Report of the Municipal Commissioner on the plague in Bombay for the year ending 31st May... - Volume 2
Disease focus: Plague
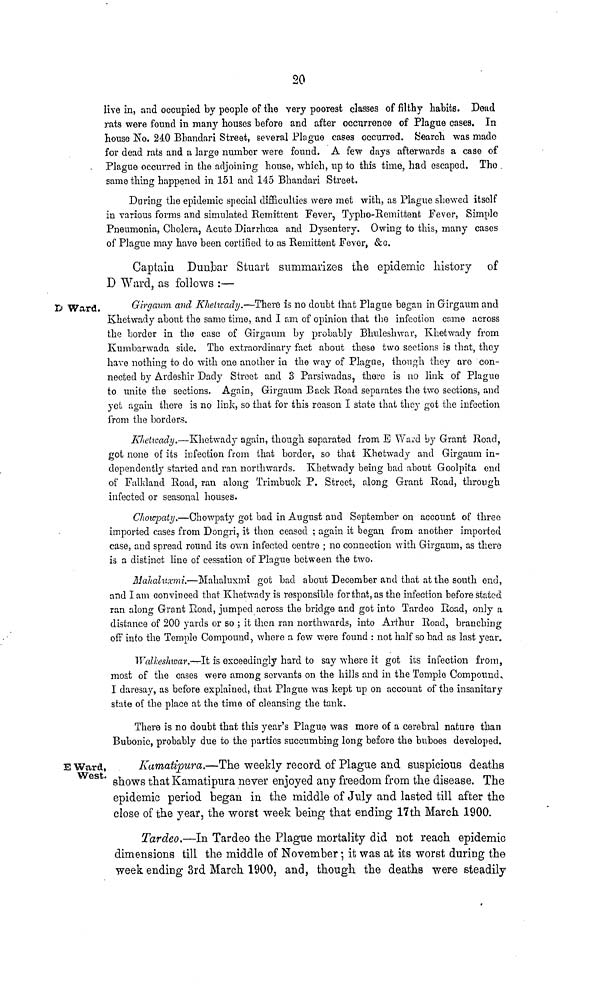
20
live in, and occupied by people of the very poorest classes of filthy habits. Dead
rats were found in many houses before and after occurrence of Plague cases. In
house No. 240 Bbandari Street, several Plague cases occurred. (Search was made
for dead rats and a large number were found. A few days afterwards a case of
Plague occurred in the adjoining house, which, up to this time, had escaped. Tho
same thing happened in 151 and 145 Bhandari Street.
During the epidemic special difficulties were met with, as Plague shewed itself
in various forms and simulated Remittent Fever, Typbo-Remittent Fever, Simple
Pneumonia, Cholera, A.cute Diarrhoea and Dysentery. Owing to this, many cases
of Plague may have been certified to as Remittent Fever, &c.
Captain Dunbar Stuart summarizes the epidemic history of
D Ward, as follows :—
B Ward.
Girgaum and Kheticady.—There is no doubt that Plague began in Gfirgaum and
Khetwady about the same time, and I am of opinion that the infection come across
the border in the case of Girgaum by probably Bhuleshwar, Khetwady from
Kumbarwada side. The extraordinary fact about these two sections is that, they
have nothing to do with one another ia the way of Plague, though they are con-
nected by Ardeshir Dady Street and 3 Parsiwadas, there is no link of Plague
to unite the sections. Again, Girgaum Back Road separates the two sections, and
yet again there is no link, so that for this reason I state that they got the infection
from the borders.
Klietwady.—Khetwady again, though separated from. E Ward by Grant Road,
got none of its infection from that border, so that Khetwady and Girgaum in-
dependently started and ran northwards. Kbetwady being bad about Goolpita end
of Falkland Road, ran along Trimbuck P. Street, along Grant Road, through
infected or seasonal houses.
Chowpaty.—Chowpaty got bad in August and September on account of three
imported cases from Dongri, it then ceased ; again it began from another imported
case, and spread round its own infected centre ; no connection with Girgaum, as there
is a distinct line of cessation of Plague between the two.
Mahahixmi.—Mahaluxmi got bad about December and that at the south end,
and I am convinced that Khetwady is responsible for that, as the infection before stated
ran along Grant Road, jumped across the bridge and got into Tardeo Road, only a
distance of 200 yards or so ; it then ran northwards, into Arthur Road, branching
off into the Temple Compound, where a few were found : not half so bad as last year.
WalkesJnvar.—It is exceedingly hard to say where it got its infection from,
most of the cases were among servants on the hills and in the Temple Compound
I daresay, as before explained, that Plague was kept up on account of the insanitary
state of the place at the time of cleansing the tank.
There is no doubt that this year's Plague was more of a cerebral nature than
Bubonic, probably due to the parties succumbing long before the buboes developed.
E Ward,
West.
Kamatipura.—The weekly record of Plague and suspicious deaths
shows that Kamatipura never enjoyed any freedom from the disease. The
epidemic period began in the middle of July and lasted till after the
close of the year, the worst week being that ending 17th March 1900.
Tardeo.—In Tardeo the Plague mortality did not reach epidemic
dimensions till the middle of November; it was at its worst during the
week ending 3rd March 1900, and, though the deaths wer-e steadily